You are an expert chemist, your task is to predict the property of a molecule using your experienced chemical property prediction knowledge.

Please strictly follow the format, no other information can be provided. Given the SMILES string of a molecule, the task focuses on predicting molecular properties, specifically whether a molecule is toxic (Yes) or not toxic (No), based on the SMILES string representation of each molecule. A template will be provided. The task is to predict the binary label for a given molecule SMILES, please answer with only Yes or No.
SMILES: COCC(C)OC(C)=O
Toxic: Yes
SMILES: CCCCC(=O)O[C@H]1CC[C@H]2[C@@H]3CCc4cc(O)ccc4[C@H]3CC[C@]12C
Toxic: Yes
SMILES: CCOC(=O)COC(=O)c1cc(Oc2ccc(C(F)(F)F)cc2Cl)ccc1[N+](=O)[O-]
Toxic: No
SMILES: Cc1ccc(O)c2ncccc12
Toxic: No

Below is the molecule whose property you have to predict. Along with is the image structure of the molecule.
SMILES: O=C1CCCCO1
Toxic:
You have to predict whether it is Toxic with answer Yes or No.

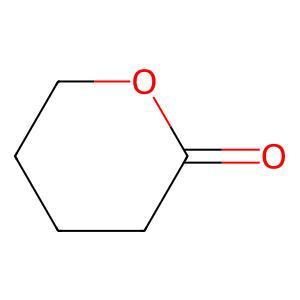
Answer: No